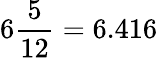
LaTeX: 6{\frac{5}{12}}=6.416